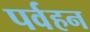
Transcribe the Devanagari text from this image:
पर्वहन